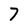
Character: 7